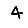
Digit: 4